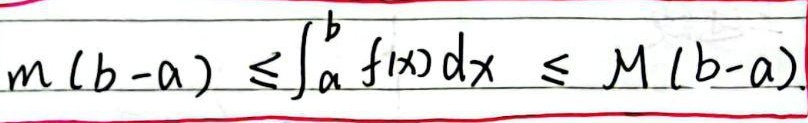
\(m(b - a) \leq\int_{a}^{b} f(x)\mathrm{d}x \leq M(b - a)\)